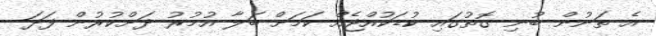
އެ ތަނުން ބުނި ގޮތުގައި ކުޑަކުއްޖެއް ކަމަށް ބަލާ އުމުރު ދަށްކުރުން ފަދަ